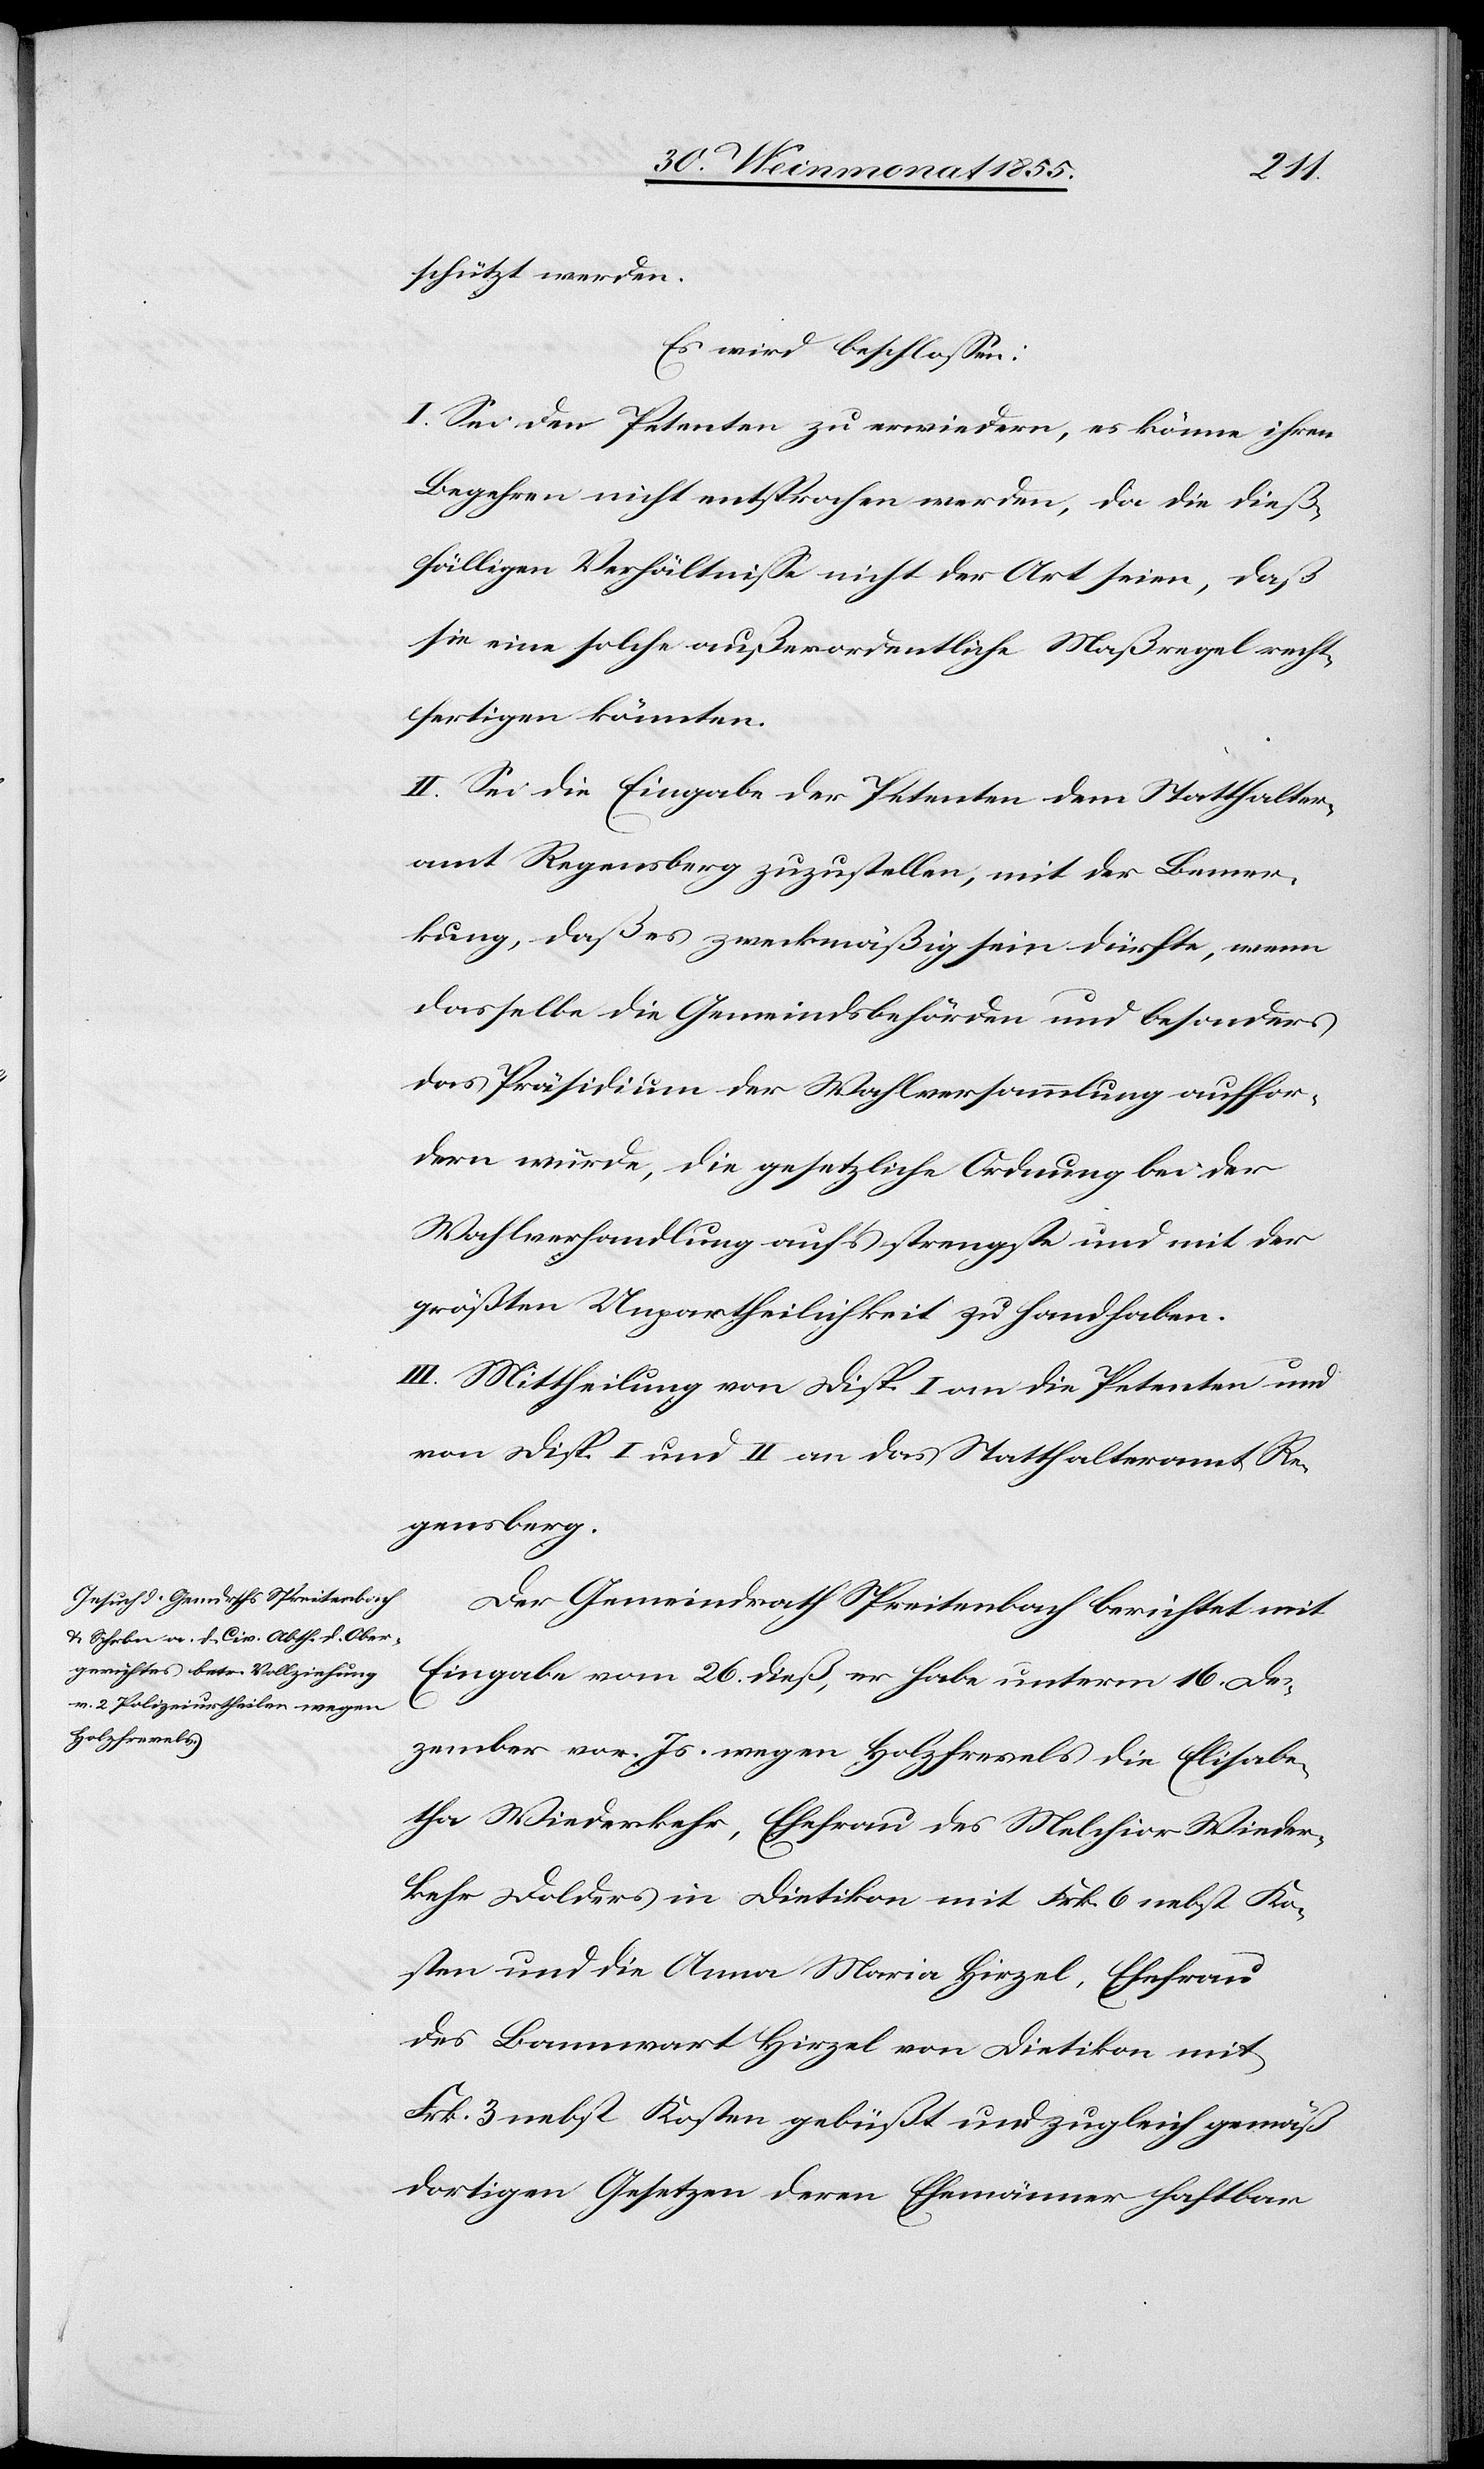
schützt werden.
Es wird beschlossen:
I. Sei den Petenten zu erwiedern, es könne ihren
Begehren nicht entsprochen werden, da die dieß¬
fälligen Verhältnisse nicht der Art seien, daß
sie eine solche außerordentliche Maßregel recht¬
fertigen könnten.
II. Sei die Eingabe der Petenten dem Statthalter¬
amt Regensberg zuzustellen, mit der Bemer¬
kung, daß es zweckmäßig sein dürfte, wenn
dasselbe die Gemeindsbehörden und besonders
das Präsidium der Wahlversammlung auffor¬
dern würde, die gesetzliche Ordnung bei der
Wahlverhandlung auf’s strengste und mit der
größten Unpartheilichkeit zu handhaben.
III. Mittheilung von Disp. I an die Petenten und
von Disp. I und II an das Statthalteramt Re¬
gensberg.
Der Gemeindrath Spreitenbach berichtet mit
Eingabe vom 26. dieß, er habe unterm 16. De¬
zember vor. Js. wegen Holzfrevels die Elisabe¬
tha Wiederkehr, Ehefrau des Melchior Wieder¬
kehr Dolders in Dietikon mit Frk. 6 nebst Ko¬
sten und die Anna Maria Hirzel, Ehefrau
des Bannwart Hirzel von Dietikon mit
Frk. 3 nebst Kosten gebüßt und zugleich gemäß
dortigen Gesetzen deren Ehemänner haftbar